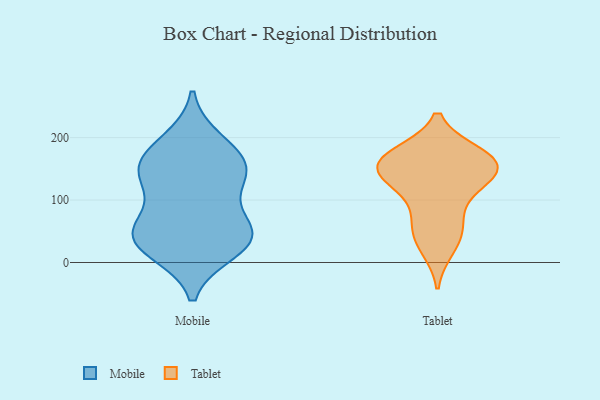
{"axis": {"x": "Operating Costs (USD K)", "y": "Value"}, "legend": ["Mobile", "Tablet"], "data": [{"x": "", "y": 171, "type": "Mobile"}, {"x": "", "y": 48, "type": "Mobile"}, {"x": "", "y": 126, "type": "Mobile"}, {"x": "", "y": 146, "type": "Mobile"}, {"x": "", "y": 42, "type": "Mobile"}, {"x": "", "y": 20, "type": "Mobile"}, {"x": "", "y": 158, "type": "Mobile"}, {"x": "", "y": 50, "type": "Mobile"}, {"x": "", "y": 55, "type": "Mobile"}, {"x": "", "y": 136, "type": "Mobile"}, {"x": "", "y": 29, "type": "Mobile"}, {"x": "", "y": 193, "type": "Mobile"}, {"x": "", "y": 154, "type": "Tablet"}, {"x": "", "y": 65, "type": "Tablet"}, {"x": "", "y": 171, "type": "Tablet"}, {"x": "", "y": 174, "type": "Tablet"}, {"x": "", "y": 121, "type": "Tablet"}, {"x": "", "y": 38, "type": "Tablet"}, {"x": "", "y": 133, "type": "Tablet"}, {"x": "", "y": 23, "type": "Tablet"}, {"x": "", "y": 165, "type": "Tablet"}, {"x": "", "y": 69, "type": "Tablet"}, {"x": "", "y": 150, "type": "Tablet"}, {"x": "", "y": 169, "type": "Tablet"}, {"x": "", "y": 151, "type": "Tablet"}, {"x": "", "y": 126, "type": "Tablet"}]}